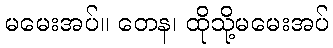
မမေးအပ်။ တေန၊ ထိုသို့မမေးအပ်